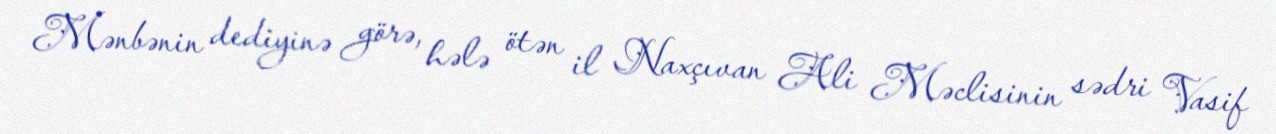
Mənbənin dediyinə görə, hələ ötən il Naxçıvan Ali Məclisinin sədri Vasif